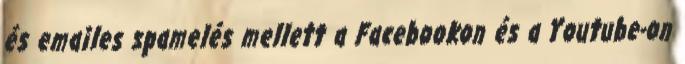
és emailes spamelés mellett a Facebookon és a Youtube-on